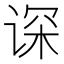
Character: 𬤂